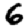
Digit: 6